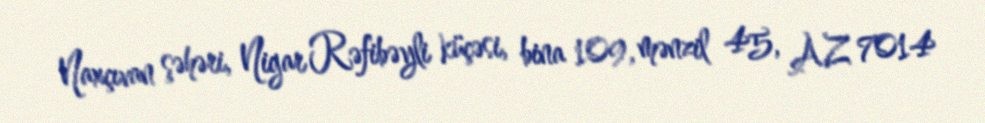
Naxçıvan şəhəri, Nigar Rəfibəyli küçəsi, bina 109, mənzil 45, AZ 7014